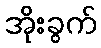
အိုးခွက်